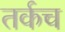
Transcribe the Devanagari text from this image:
तर्कच